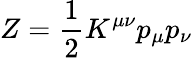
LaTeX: Z={\frac{1}{2}}K^{\mu\nu}p_{\mu}p_{\nu}